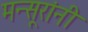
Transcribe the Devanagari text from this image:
मन्सूरांनी